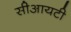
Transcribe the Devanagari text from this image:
सीआयटी